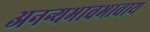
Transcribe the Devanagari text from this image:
अनन्यभावभावाय